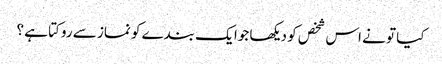
کیا تو نے اس شخص کو دیکھا جوا یک بندے کو نماز سے روکتا ہے ؟